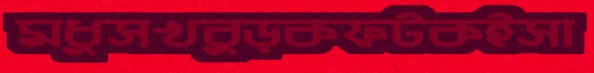
মধুসখবুড়কফটকইসা